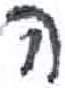
אות: ה